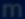
m